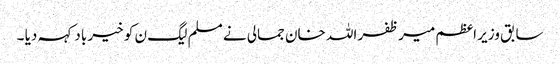
سابق وزیر اعظم میر ظفر اللہ خان جمالی نے مسلم لیگ ن کو خیر باد کہہ دیا ۔